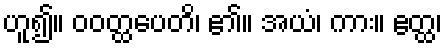
ဟူ၍။ ဝဝတ္ထပေတိ၊ ၏။ အယံ၊ ကား။ ဧတ္ထ၊